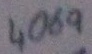
Text: 4069